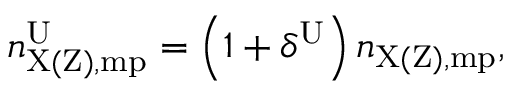
n _ { \mathrm { X ( Z ) , m p } } ^ { \mathrm { U } } = \left( 1 + \delta ^ { \mathrm { U } } \right) n _ { \mathrm { X ( Z ) , m p } } ,